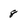
Character: 8